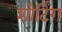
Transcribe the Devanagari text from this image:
शोर्टिंग